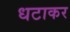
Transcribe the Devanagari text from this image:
धटाकर